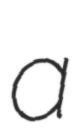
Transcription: a